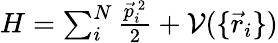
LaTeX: \begin{array}{r}{H=\sum_{i}^{N}\frac{\vec{p}_{i}^{~2}}{2}+\mathcal{V}(\{ \vec{r}_{i}\} )}\end{array}